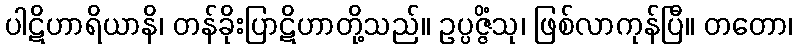
ပါဋိဟာရိယာနိ၊ တန်ခိုးပြာဋိဟာတို့သည်။ ဥပ္ပဇ္ဇိံသု၊ ဖြစ်လာကုန်ပြီ။ တတော၊